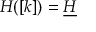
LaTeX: H ( [ k ] ) = \underline { { { H } } }